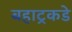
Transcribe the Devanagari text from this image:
बहाट्रकडे